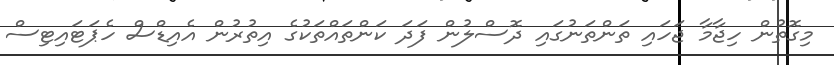
މިގޮތުން ހިޖާމާ ޖަހައި ތަންތަނުގައި ދޮސްލުން ފަދަ ކަންތައްތަކުގެ އިތުރުން އެއިޑްސް ހެޕަޓައިޓިސް